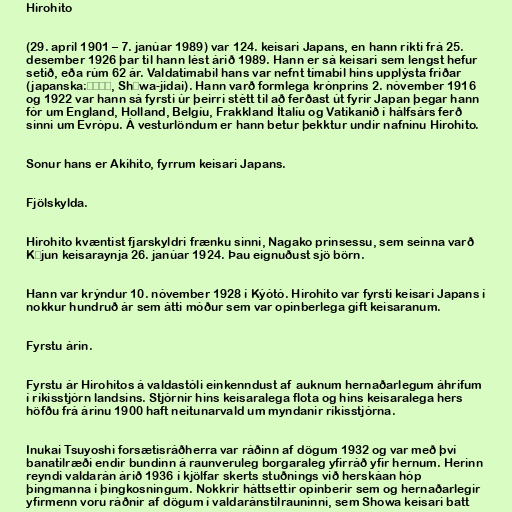
Hirohito

(29. apríl 1901 – 7. janúar 1989) var 124. keisari Japans, en hann ríkti frá 25.
desember 1926 þar til hann lést árið 1989. Hann er sá keisari sem lengst hefur
setið, eða rúm 62 ár. Valdatímabil hans var nefnt tímabil hins upplýsta friðar
(japanska:昭和時代, Shōwa-jidai). Hann varð formlega krónprins 2. nóvember 1916
og 1922 var hann sá fyrsti úr þeirri stétt til að ferðast út fyrir Japan þegar hann
fór um England, Holland, Belgíu, Frakkland Ítalíu og Vatíkanið í hálfsárs ferð
sinni um Evrópu. Á vesturlöndum er hann betur þekktur undir nafninu Hirohito.

Sonur hans er Akihito, fyrrum keisari Japans.

Fjölskylda.

Hirohito kvæntist fjarskyldri frænku sinni, Nagako prinsessu, sem seinna varð
Kōjun keisaraynja 26. janúar 1924. Þau eignuðust sjö börn.

Hann var krýndur 10. nóvember 1928 í Kýótó. Hirohito var fyrsti keisari Japans í
nokkur hundruð ár sem átti móður sem var opinberlega gift keisaranum.

Fyrstu árin.

Fyrstu ár Hirohitos á valdastóli einkenndust af auknum hernaðarlegum áhrifum
í ríkisstjórn landsins. Stjórnir hins keisaralega flota og hins keisaralega hers
höfðu frá árinu 1900 haft neitunarvald um myndanir ríkisstjórna.

Inukai Tsuyoshi forsætisráðherra var ráðinn af dögum 1932 og var með því
banatilræði endir bundinn á raunveruleg borgaraleg yfirráð yfir hernum. Herinn
reyndi valdarán árið 1936 í kjölfar skerts stuðnings við herskáan hóp
þingmanna í þingkosningum. Nokkrir háttsettir opinberir sem og hernaðarlegir
yfirmenn voru ráðnir af dögum í valdaránstilrauninni, sem Showa keisari batt